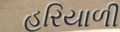
હરિયાળી